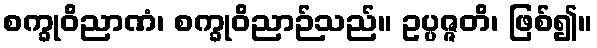
စက္ခုဝိညာဏံ၊ စက္ခုဝိညာဉ်သည်။ ဥပ္ပဇ္ဇတိ၊ ဖြစ်၍။